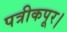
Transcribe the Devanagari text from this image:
पत्रीकपूर।